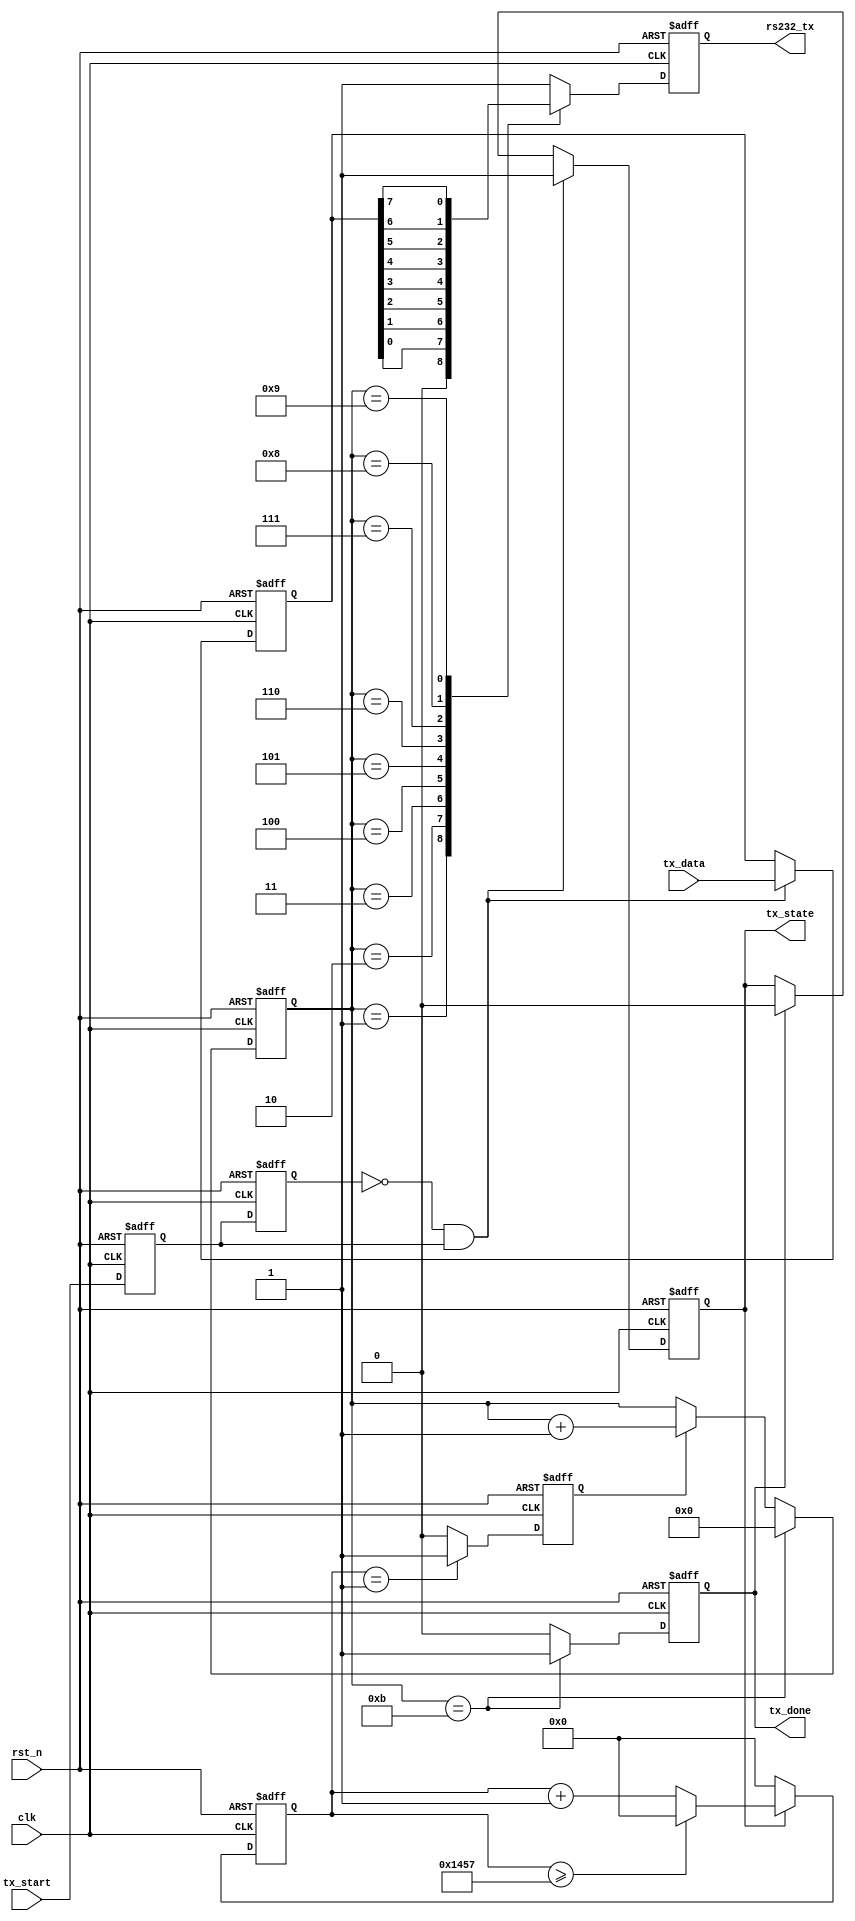
`timescale 1ns / 1ns
`define UD #1

module uart_byte_tx #
(
    parameter       CLK_FREQ   = 'd50000000,// 50MHz
    parameter       BAUD_RATE  = 'd9600    //
)
(
    input           clk     ,	// system clock
    input           rst_n   ,	// system reset, active low

    input           tx_start,   // start transfer with pos edge
    input   [7:0]	tx_data ,	// data need to transfer

    output  reg     tx_state,   // sending duration
    output	reg     tx_done ,   // pos-pulse for 1 tick indicates 1 byte transfer done
    output	reg		rs232_tx	// uart transfer pin
);


localparam START_BIT = 1'b0;
localparam STOP_BIT = 1'b1;
localparam BPS_PARAM = CLK_FREQ/BAUD_RATE;

//start 8bit_data transfer operation
reg tx_start_r0;
reg tx_start_r1;
wire tx_start_pos;
always@(posedge clk or negedge rst_n)
begin
    if(!rst_n)
    begin
        tx_start_r0 <= `UD 1'b0;
        tx_start_r1 <= `UD 1'b0;
    end
    else
    begin
        tx_start_r0 <= `UD tx_start;
        tx_start_r1 <= `UD tx_start_r0;
    end
end
assign tx_start_pos = ~tx_start_r1 & tx_start_r0;

always@(posedge clk or negedge rst_n)
begin
    if(!rst_n)
    begin
	    tx_state <= `UD 1'b0;
    end
    else 
    begin
        if(tx_start_pos)
        begin
	        tx_state <= `UD 1'b1;
        end
        else if(tx_done)
        begin
	        tx_state <= `UD 1'b0;
        end
        else
        begin
	        tx_state <= `UD tx_state;
        end
    end
end

reg [15:0]  baud_rate_cnt;
always@(posedge clk or negedge rst_n)
begin
	if(!rst_n)
    begin
		baud_rate_cnt <= `UD 16'd0;
    end
	else 
    begin
        if(tx_state)
        begin
		    if(baud_rate_cnt >= BPS_PARAM - 1)
            begin
			    baud_rate_cnt <= `UD 16'd0;
            end
		    else
            begin
			    baud_rate_cnt <= `UD baud_rate_cnt + 1'b1;
            end
	    end
	    else
        begin
		    baud_rate_cnt <= `UD 16'd0;
        end
    end
end

// generate bps_clk signal
reg bps_clk;
always @ (posedge clk or negedge rst_n)
begin
	if(!rst_n) 
    begin
		bps_clk <= `UD 1'b0;
    end
	else
    begin
        if(baud_rate_cnt == 16'd1 )
        begin
		    bps_clk <= `UD 1'b1;	
        end
	    else 
        begin
		    bps_clk <= `UD 1'b0;
        end
    end
end

//bps counter
reg [3:0] bps_cnt;
always@(posedge clk or negedge rst_n)
begin
    if(!rst_n)	
    begin
	    bps_cnt <= `UD 4'd0;
    end
    else
    begin
        if(bps_cnt == 4'd11)
        begin
	        bps_cnt <= `UD 4'd0;
        end
        else if(bps_clk)
        begin
	        bps_cnt <= `UD bps_cnt + 1'b1;
        end
        else
        begin
	        bps_cnt <= `UD bps_cnt;
        end
    end
end

always@(posedge clk or negedge rst_n)
begin
    if(!rst_n)
    begin
	    tx_done <= `UD 1'b0;
    end
    else if(bps_cnt == 4'd11)
    begin
	    tx_done <= `UD 1'b1;
    end
    else
    begin
	    tx_done <= `UD 1'b0;
    end
end

reg [7:0] tx_data_r;
always@(posedge clk or negedge rst_n)
begin
    if(!rst_n)
    begin
	    tx_data_r <= `UD 8'b0;
    end
    else
    begin
        if(tx_start_pos)
        begin
	        tx_data_r <= `UD tx_data;
        end
        else
        begin
	        tx_data_r <= `UD tx_data_r;
        end
    end
end

always@(posedge clk or negedge rst_n)
begin
    if(!rst_n)
    begin
	    rs232_tx <= `UD 1'b1;
    end
    else begin
	    case(bps_cnt)
		    0:rs232_tx  <= `UD 1'b1;            // idle hi

		    1:rs232_tx  <= `UD START_BIT;       // start bit lo
		    2:rs232_tx  <= `UD tx_data_r[0];    // LSB first
		    3:rs232_tx  <= `UD tx_data_r[1];    //
		    4:rs232_tx  <= `UD tx_data_r[2];    //
		    5:rs232_tx  <= `UD tx_data_r[3];    //
		    6:rs232_tx  <= `UD tx_data_r[4];    //
		    7:rs232_tx  <= `UD tx_data_r[5];    //
		    8:rs232_tx  <= `UD tx_data_r[6];    //
		    9:rs232_tx  <= `UD tx_data_r[7];    // MSB last
                                            // No parity
		    10:rs232_tx <= `UD STOP_BIT;        // stop bit hi

		    default:rs232_tx <= `UD 1'b1;       // idle hi
	    endcase
    end
end	

endmodule